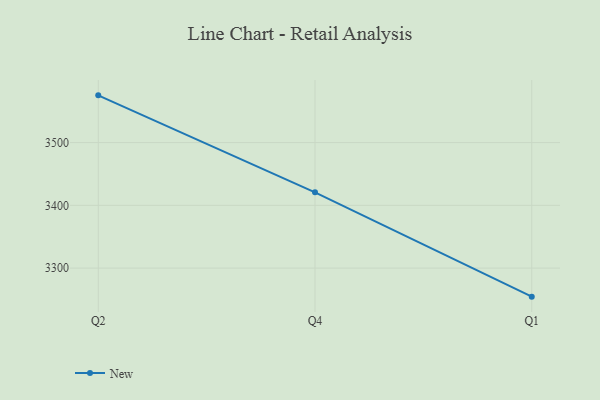
{"axis": {"x": "Quarter", "y": "Humidity (%)"}, "legend": ["New"], "data": [{"x": "Q2", "y": 3575.3, "type": "New"}, {"x": "Q4", "y": 3420.7, "type": "New"}, {"x": "Q1", "y": 3254.5, "type": "New"}]}